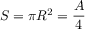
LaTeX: S = \pi R ^ { 2 } = { \frac { A } { 4 } }